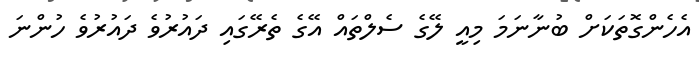
އެހެންގޮތަކަށް ބުނާނަމަ މިއީ ލޭގެ ސެލްތައް އޭގެ ތެރޭގައި ދައުރުވެ ދައުރުވެ ހުންނަ